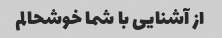
از آشنایی با شما خوشحالم